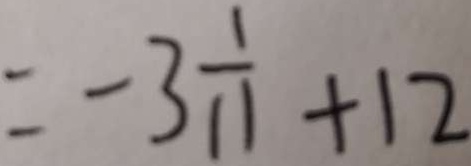
= - 3 \frac { 1 } { 1 1 } + 1 2